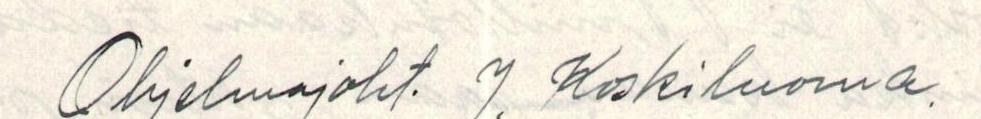
Ohjelmajoht. J. Koskiluoma.